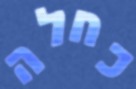
כחלה